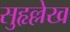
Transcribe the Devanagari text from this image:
सुहृल्लेख